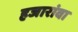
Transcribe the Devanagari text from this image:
हजारांवा